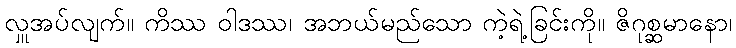
လှူအပ်လျက်။ ကိဿ ဝါဒဿ၊ အဘယ်မည်သော ကဲ့ရဲ့ခြင်းကို။ ဇိဂုစ္ဆမာနော၊